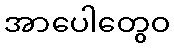
အာပေါတွေဝ